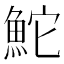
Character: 鮀